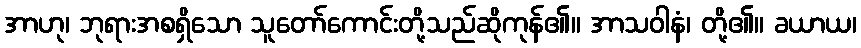
အာဟု၊ ဘုရားအစရှိသော သူတော်ကောင်းတို့သည်ဆိုကုန်၏။ အာသဝါနံ၊ တို့၏။ ခယာယ၊